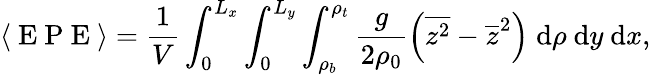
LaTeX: \langle\mathrm{~E~P~E~}\rangle=\frac{1}{V}\int_{0}^{L_{x}}\int_{0}^{L_{y}}\int_{\rho_{b}}^{\rho_{t}}\frac{g}{2\rho_{0}}\left(\overline{{z^{2}}}-\overline{{z}}^{2}\right)\; \mathrm{d}\rho\ \mathrm{d}y\ \mathrm{d}x,